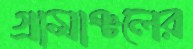
গ্রামাঞ্চলের